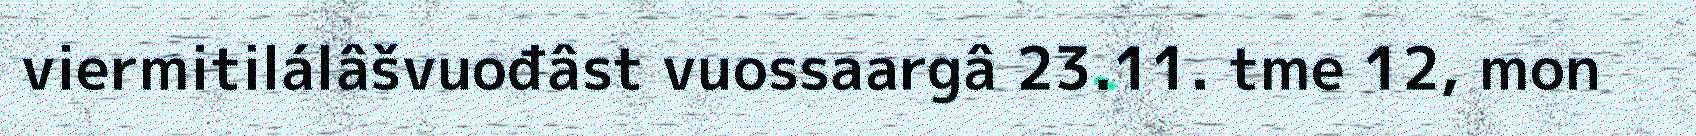
viermitilálâšvuođâst vuossaargâ 23.11. tme 12, mon